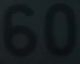
60